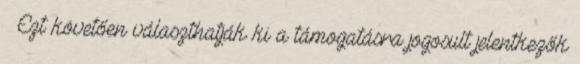
 Ezt követően választhatják ki a támogatásra jogosult jelentkezők